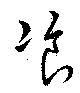
飡